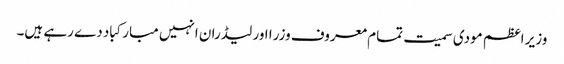
وزیر اعظم مودی سمیت تمام معروف وزرا اور لیڈران انہیں مبارکباد دے رہے ہیں۔